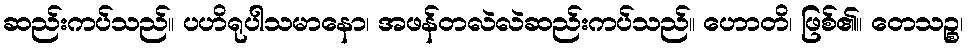
ဆည်းကပ်သည်။ ပဟိရုပါသမာနော၊ အဖန်တလဲလဲဆည်းကပ်သည်။ ဟောတိ၊ ဖြစ်၏။ တေသဉ္စ၊